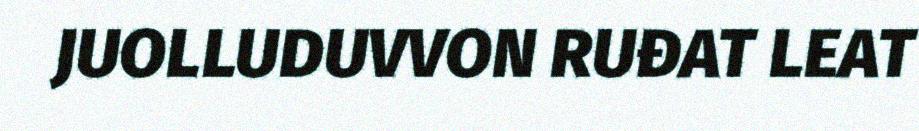
JUOLLUDUVVON RUĐAT LEAT